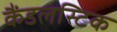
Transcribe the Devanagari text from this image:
कैंडलस्टिक